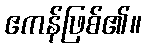
ဧကန်ဖြစ်၏။